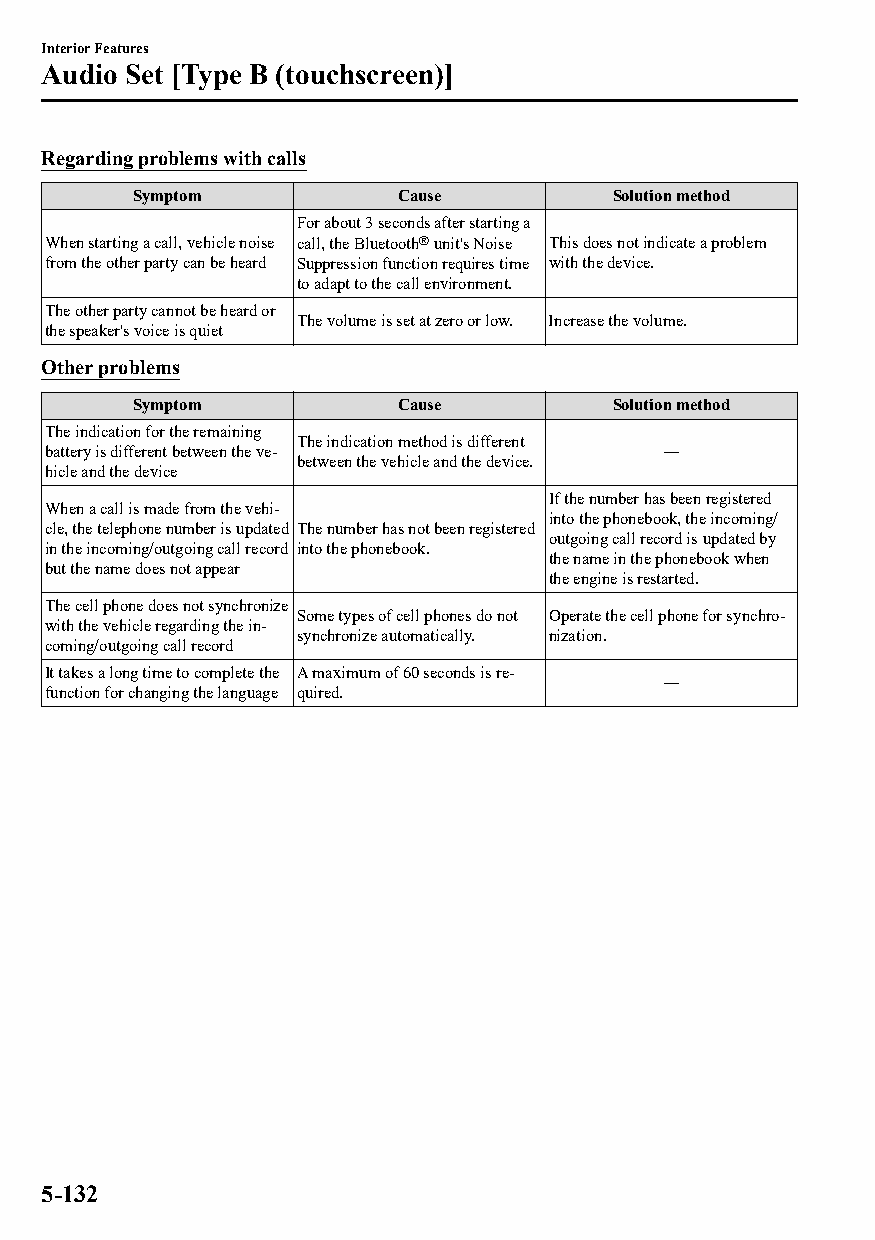
Interior Features
 Audio Set [Type B (touchscreen)]
 Regarding problems with calls
 Symptom          Cause         Solution method
 For about 3 seconds after starting a
 When starting a call, vehicle noise call, the Bluetooth® unit's Noise This does not indicate a problem
 from the other party can be heard Suppression function requires time with the device.
 to adapt to the call environment.
 The other party cannot be heard or
 The volume is set at zero or low. Increase the volume.
 the speaker's voice is quiet
 Other problems
 Symptom          Cause         Solution method
 The indication for the remaining
 The indication method is different
 battery is different between the ve‐     ―
 between the vehicle and the device.
 hicle and the device
 If the number has been registered
 When a call is made from the vehi‐
 into the phonebook, the incoming/
 cle, the telephone number is updated The number has not been registered
 outgoing call record is updated by
 in the incoming/outgoing call record into the phonebook.
 the name in the phonebook when
 but the name does not appear
 the engine is restarted.
 The cell phone does not synchronize
 Some types of cell phones do not Operate the cell phone for synchro‐
 with the vehicle regarding the in‐
 synchronize automatically. nization.
 coming/outgoing call record
 It takes a long time to complete the A maximum of 60 seconds is re‐
 ―
 function for changing the language quired.
 5-132
 CX-3_8GT4-EE-18D_Edition4                  2018-9-6 18:32:19